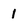
Character: 1